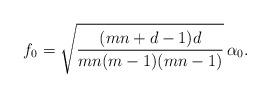
LaTeX: \begin{align*}f_0 = \sqrt{\frac{(mn+d-1) d}{mn(m-1)(mn-1)}} \, \alpha_0.\end{align*}